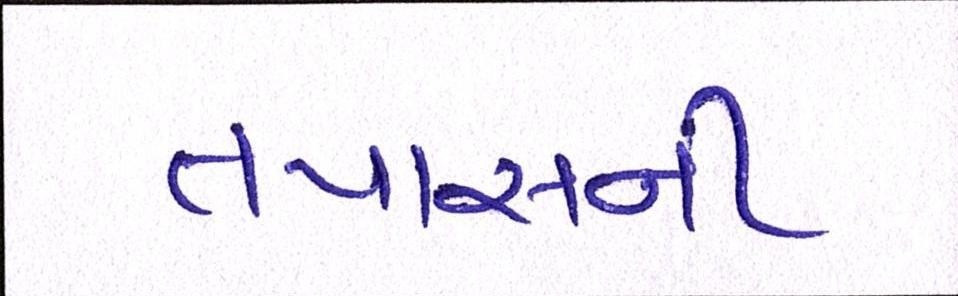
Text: તપાસની